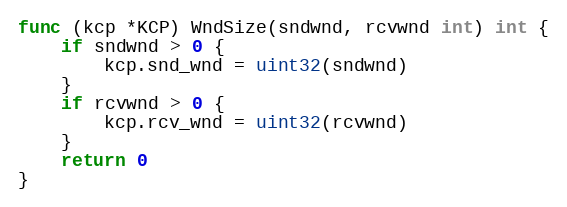
Language: Go
func (kcp *KCP) WndSize(sndwnd, rcvwnd int) int {
	if sndwnd > 0 {
		kcp.snd_wnd = uint32(sndwnd)
	}
	if rcvwnd > 0 {
		kcp.rcv_wnd = uint32(rcvwnd)
	}
	return 0
}